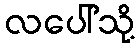
လပေါ်သို့